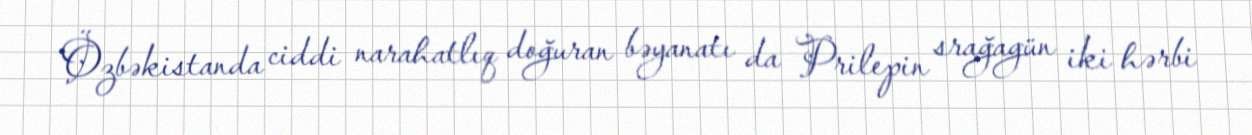
Özbəkistanda ciddi narahatlıq doğuran bəyanatı da Prilepin srağagün iki hərbi